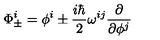
\Phi _ { \pm } ^ { i } = \phi ^ { i } \pm \frac { i \hbar } { 2 } \omega ^ { i j } \frac { \partial } { \partial \phi ^ { j } }